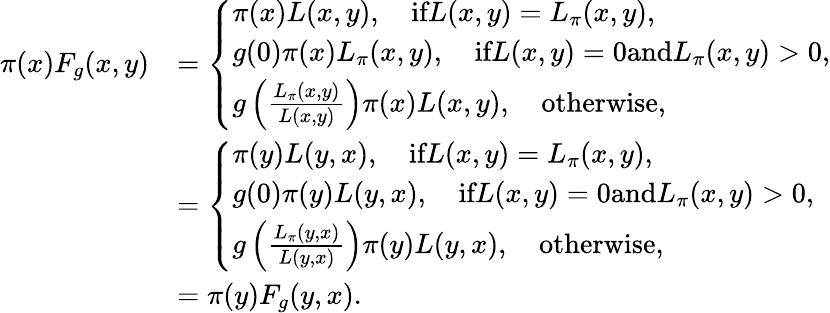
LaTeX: \begin{array}{rl}{\pi(x)F_{g}(x,y)}&{=\left\{ \begin{array}{ll}{\pi(x)L(x,y),\quad\textrm{if}L(x,y)=L_{\pi}(x,y),}\\ {g(0)\pi(x)L_{\pi}(x,y),\quad\textrm{if}L(x,y)=0\textrm{and}L_{\pi}(x,y)>0,}\\ {g\left(\frac{L_{\pi}(x,y)}{L(x,y)}\right)\pi(x)L(x,y),\quad\textrm{otherwise},}\end{array}\right.}\\ &{=\left\{ \begin{array}{ll}{\pi(y)L(y,x),\quad\textrm{if}L(x,y)=L_{\pi}(x,y),}\\ {g(0)\pi(y)L(y,x),\quad\textrm{if}L(x,y)=0\textrm{and}L_{\pi}(x,y)>0,}\\ {g\left(\frac{L_{\pi}(y,x)}{L(y,x)}\right)\pi(y)L(y,x),\quad\textrm{otherwise},}\end{array}\right.}\\ &{=\pi(y)F_{g}(y,x).}\end{array}